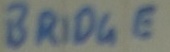
Text: BRIDGE